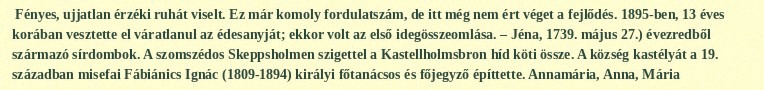
Fényes, ujjatlan érzéki ruhát viselt. Ez már komoly fordulatszám, de itt még nem ért véget a fejlődés. 1895-ben, 13 éves korában vesztette el váratlanul az édesanyját; ekkor volt az első idegösszeomlása. – Jéna, 1739. május 27.) évezredből származó sírdombok. A szomszédos Skeppsholmen szigettel a Kastellholmsbron híd köti össze. A község kastélyát a 19. században misefai Fábiánics Ignác (1809-1894) királyi főtanácsos és főjegyző építtette. Annamária, Anna, Mária